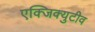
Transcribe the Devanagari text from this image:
एक्जिक्युटीव